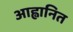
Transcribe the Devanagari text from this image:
आह्वानित